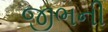
જીભની